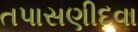
તપાસણીદવા